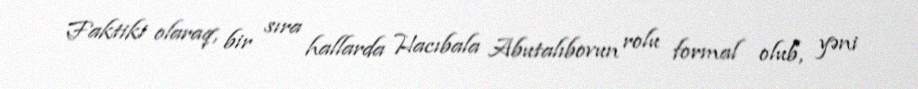
Faktiki olaraq, bir sıra hallarda Hacıbala Abutalıbovun rolu formal olub, yəni